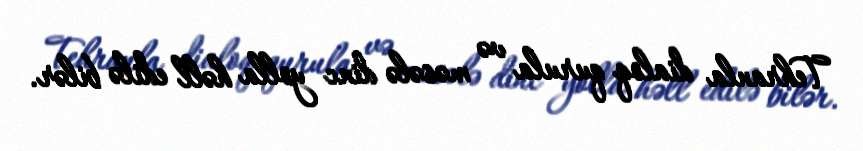
Tehranla dialoq qurula və məsələ dinc yolla həll edilə bilər.